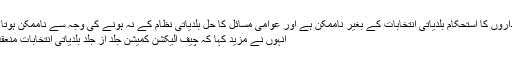
جمہوری اداروں کا استحکام بلدیاتی انتخابات کے بغیر ناممکن ہے اور عوامی مسائل کا حل بلدیاتی نظام کے نہ ہونے کی وجہ سے ناممکن ہوتا جا رہا ہے
انہوں نے مزید کہا کہ چیف الیکشن کمیشن جلد از جلد بلدیاتی انتخابات منعقد کروائے ۔